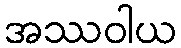
အဿဝါယ